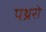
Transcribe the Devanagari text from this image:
पथ्ररो